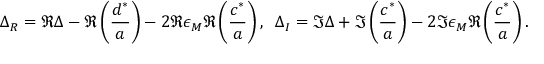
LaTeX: \Delta _ { R } = \Re \Delta - \Re \left( { \frac { d ^ { * } } { a } } \right) - 2 \Re \epsilon _ { M } \Re \left( { \frac { c ^ { * } } { a } } \right) , \; \; \Delta _ { I } = \Im \Delta + \Im \left( { \frac { c ^ { * } } { a } } \right) - 2 \Im \epsilon _ { M } \Re \left( \frac { c ^ { * } } { a } \right) .